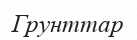
Грунттар